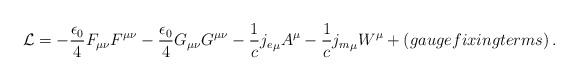
\begin{align*}{\cal L} = - \frac{\epsilon_{0}}{4} F_{\mu \nu} F^{\mu \nu} - \frac{\epsilon_{0}}{4} G_{\mu \nu} G^{\mu \nu} - \frac{1}{c} {j_{e}}_{\mu} A^{\mu} - \frac{1}{c} {j_{m}}_{\mu} W^{\mu} + (gauge fixing terms) \, .\end{align*}